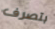
بتصرف